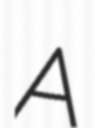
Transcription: A